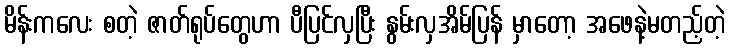
မိန်းကလေး စတဲ့ ဇာတ်ရုပ်တွေဟာ ပီပြင်လှပြီး နွမ်းလှအိမ်ပြန် မှာတော့ အဖေနဲ့မတည့်တဲ့